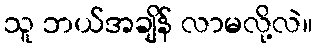
သူ ဘယ်အချိန် လာမလို့လဲ။